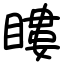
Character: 瞜